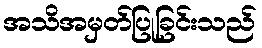
အသိအမှတ်ပြုခြင်းသည်